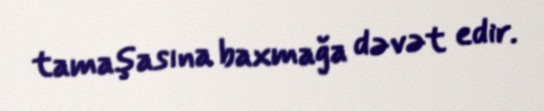
tamaşasına baxmağa dəvət edir.